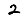
Digit: 2